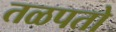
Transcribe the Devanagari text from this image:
तळपतो